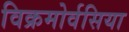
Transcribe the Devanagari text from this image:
विक्रमोर्वसिया